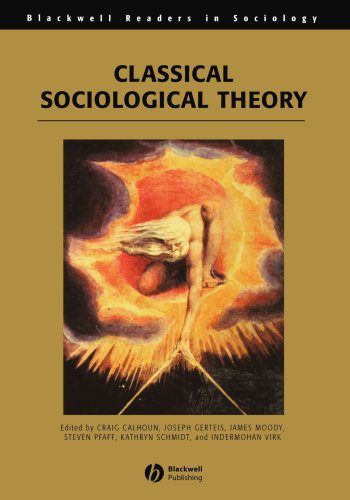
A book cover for Classical Sociological Theory (Wiley Blackwell Readers in Sociology); Politics & Social Sciences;